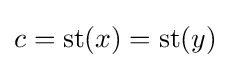
c=\operatorname {st} (x)=\operatorname {st} (y)